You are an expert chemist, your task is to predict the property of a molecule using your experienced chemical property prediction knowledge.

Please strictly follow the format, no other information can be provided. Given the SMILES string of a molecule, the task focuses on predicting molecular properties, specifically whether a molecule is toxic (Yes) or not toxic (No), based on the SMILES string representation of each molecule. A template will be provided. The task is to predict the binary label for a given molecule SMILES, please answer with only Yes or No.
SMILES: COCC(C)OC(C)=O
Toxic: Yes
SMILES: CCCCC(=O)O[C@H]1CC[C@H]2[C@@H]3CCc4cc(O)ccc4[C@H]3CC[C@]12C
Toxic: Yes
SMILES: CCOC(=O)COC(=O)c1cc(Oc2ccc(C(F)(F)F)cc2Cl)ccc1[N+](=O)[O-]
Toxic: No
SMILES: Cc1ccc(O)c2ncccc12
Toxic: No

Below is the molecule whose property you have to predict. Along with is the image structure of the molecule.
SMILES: Nc1ccccc1Cl
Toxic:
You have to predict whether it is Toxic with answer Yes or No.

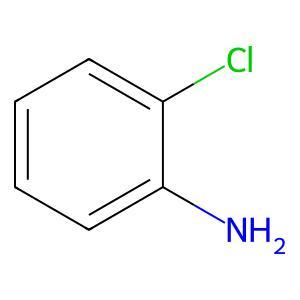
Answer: No